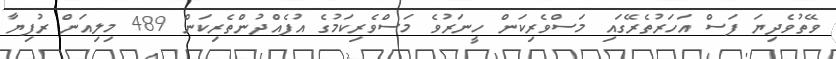
ވޭތުވެދިޔަ ފަސް އަހަރުތެރޭގައި މަސްވެރިކަން ހީނަރުވެ މަސްވެރިކަމުގެ އުފެއްދުންތެރިކަން 489 މިލިއަން ރުފިޔާ